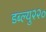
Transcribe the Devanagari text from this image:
डब्ल्यु२२०